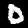
Digit: 0